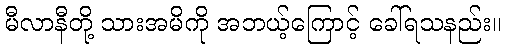
မီလာနီတို့ သားအမိကို အဘယ့်ကြောင့် ခေါ်ရသနည်း။